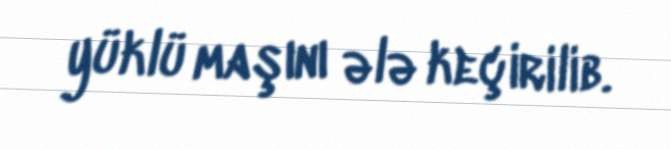
yüklü maşını ələ keçirilib.